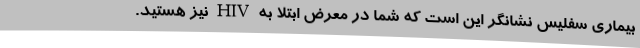
بیماری سفلیس نشانگر این است که شما در معرض ابتلا به HIV نیز هستید.